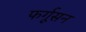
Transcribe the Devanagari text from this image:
फर्गूसन